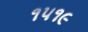
૧૫૧૯